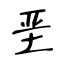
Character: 垩